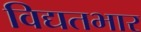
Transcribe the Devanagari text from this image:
विद्यतभार